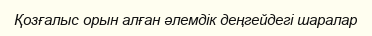
Қозғалыс орын алған әлемдік деңгейдегі шаралар